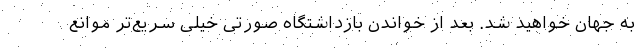
به جهان خواهید شد. بعد از خواندن بازداشتگاه صورتی خیلی سریع‌تر موانع